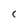
Character: C